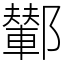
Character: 鄻